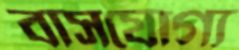
বাসযোগ্য